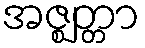
အဇ္ဈတ္တာ